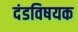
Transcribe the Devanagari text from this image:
दंडविषयक